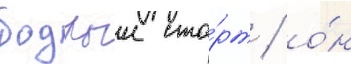
бодрыи ста́рт / о́н